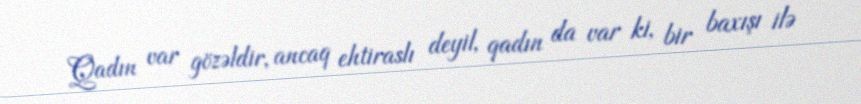
Qadın var gözəldir, ancaq ehtiraslı deyil, qadın da var ki, bir baxışı ilə